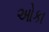
ઓકા